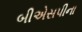
બીએસપીના